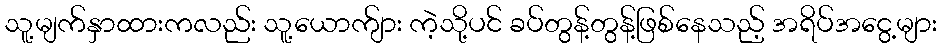
သူ့မျက်နှာထားကလည်း သူ့ယောက်ျား ကဲ့သို့ပင် ခပ်တွန့်တွန့်ဖြစ်နေသည့် အရိပ်အငွေ့များ